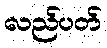
လည်ပတ်